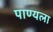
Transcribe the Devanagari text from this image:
पाण्यला